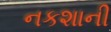
નકશાની